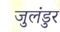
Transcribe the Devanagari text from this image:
जुलंडुर